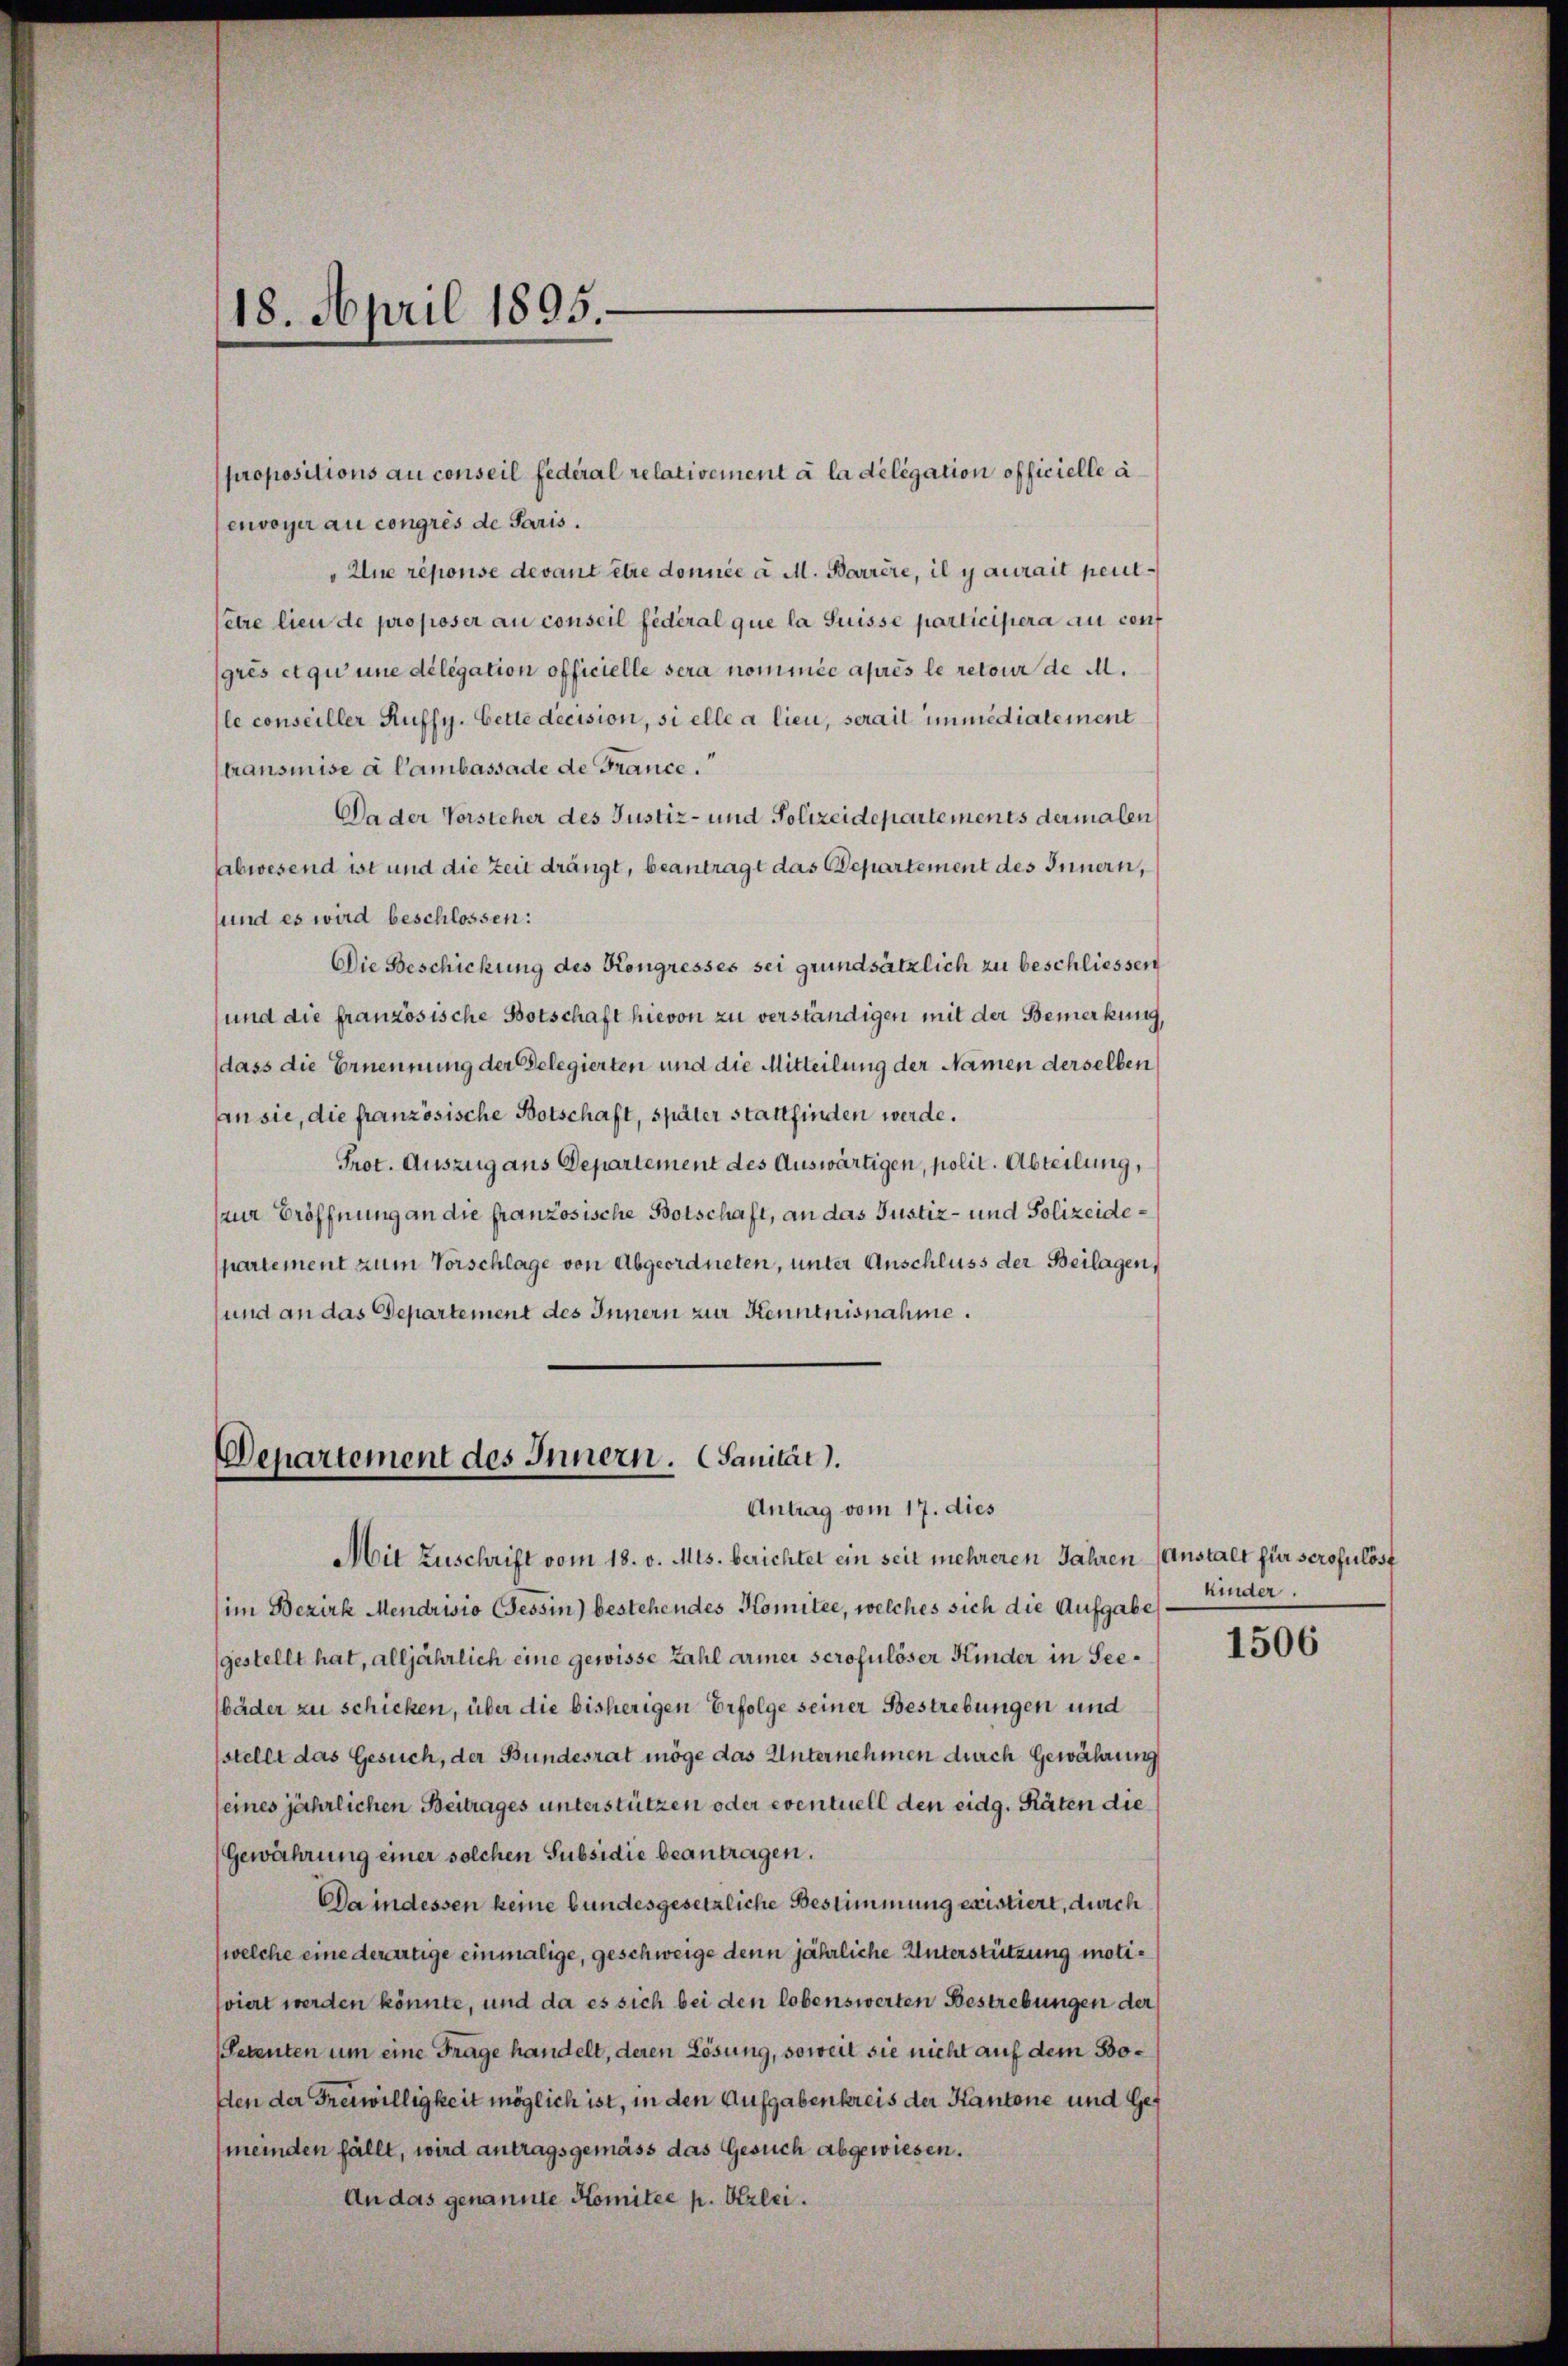
propositions au conseil Federal relativement à la délégation officielle a
envoyer au congrés de Paris.
"Une réponse devant être donnée a M. Barrère, il y aurait peutetre lieu de proposer au conseil fédéral que la Suisse participera au conf
grés et qu’une délégation officielle sera nommée après le retour de M.
le conseiller Ruffy. Bette decision, si elle a lieu, serait immedialement
transmise à Cambassade de France.“
Da der Vorsteher des Justiz- und Polizeidepartements dermalen
Abwesend ist und die Zeit drängt, beantragt das Departement des Innern,
sund es wird beschlossen:
Die Beschickung des Kongresses sei grundsätzlich zu beschliessen
und die französische Botschaft hievon zu verständigen mit der Bemerkung,
dass die Ernennung der Gelegierten und die Mitteilung der Namen derselben
an sie, die französische Botschaft, später stattfinden werde.
Prot. Auszug aus Departement des Auswärtigen, polit. Abteilung,
zur Eröffnung an die französische Botschaft, an das Justiz- und Polizeidepartement zum Vorschlage von Abgeordneten, unter Anschluss der Beilagen,
und an das Departement des Innern zur Kenntnisnahme.

18. April 1895.

Departement des Innern. (Sanität).
Antrag vom 17. dies

Mit Zuschrift vom 18. v. Mts. berichtet ein seit mehreren Jahren (Anstalt für serofulöst
(im Bezirk Mendrisio (Tessin) bestehendes Komitee, welches sich die Aufgabe
(gestellt hat, alljährlich eine gewisse Zahl armer scrofulöser Kinder in See¬
Häder zu schicken, über die bisherigen Erfolge seiner Bestrebungen und
stellt das Gesuch, der Bundesrat möge das Unternehmen durch Gewährung
(eines jährlichen Beitrages unterstützen oder eventuell den eidg. Räten die
(Gewährung einer solchen Subsidie beantragen.
Da indessen keine bundesgesetzliche Bestimmung existiert, durch
(welche eine derartige einmalige, geschweige denn jährliche Unterstützung motiviert werden könnte, und da es sich bei den lobenswerten Bestrebungen der
(Petenten um eine Frage handelt, deren Lösung, soweit sie nicht auf dem Boden der Freiwilligkeit möglich ist, in den Aufgabenkreis der Kantone und Gemeinden fällt, wird antragsgemäss das Gesuch abgewiesen.
An das genannte Komitee p. Erlei.

kinder.

1506